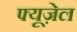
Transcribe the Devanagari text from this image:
फ्यूज़ेल